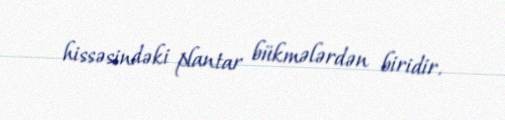
hissəsindəki plantar bükmələrdən biridir.